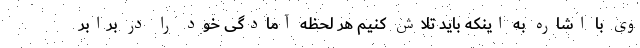
وی با اشاره به اینکه باید تلاش کنیم هر لحظه آمادگی خود را در برابر